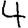
Digit: 4